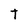
Character: T